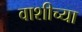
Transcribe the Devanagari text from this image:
वाशीच्या